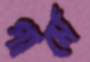
পার্মে